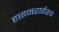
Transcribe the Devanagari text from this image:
हाइनराईश्च